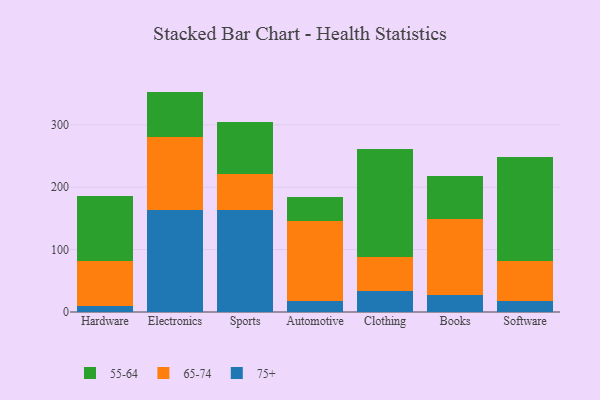
{"axis": {"x": "Category", "y": "Budget (USD K)"}, "legend": ["55-64", "65-74", "75+"], "data": [{"x": "Hardware", "y": 10.0, "type": "75+"}, {"x": "Hardware", "y": 71.2, "type": "65-74"}, {"x": "Hardware", "y": 104.6, "type": "55-64"}, {"x": "Electronics", "y": 163.2, "type": "75+"}, {"x": "Electronics", "y": 117.0, "type": "65-74"}, {"x": "Electronics", "y": 73.1, "type": "55-64"}, {"x": "Sports", "y": 163.2, "type": "75+"}, {"x": "Sports", "y": 58.3, "type": "65-74"}, {"x": "Sports", "y": 83.8, "type": "55-64"}, {"x": "Automotive", "y": 18.1, "type": "75+"}, {"x": "Automotive", "y": 128.1, "type": "65-74"}, {"x": "Automotive", "y": 37.4, "type": "55-64"}, {"x": "Clothing", "y": 34.1, "type": "75+"}, {"x": "Clothing", "y": 54.6, "type": "65-74"}, {"x": "Clothing", "y": 172.8, "type": "55-64"}, {"x": "Books", "y": 28.0, "type": "75+"}, {"x": "Books", "y": 120.9, "type": "65-74"}, {"x": "Books", "y": 69.3, "type": "55-64"}, {"x": "Software", "y": 17.2, "type": "75+"}, {"x": "Software", "y": 63.8, "type": "65-74"}, {"x": "Software", "y": 167.7, "type": "55-64"}]}